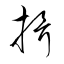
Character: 揖